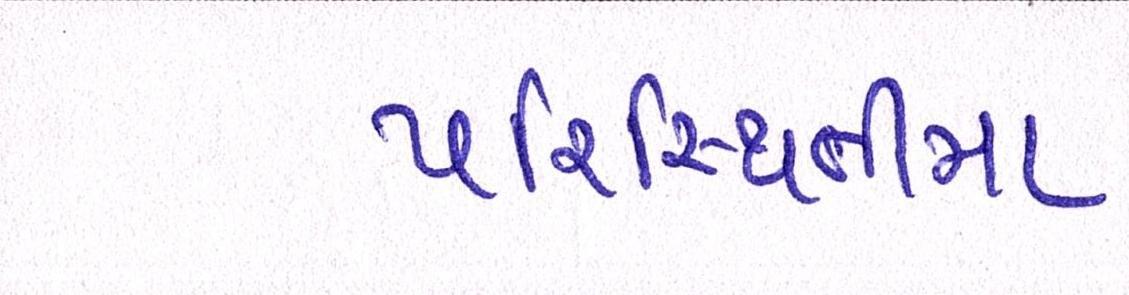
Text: પરિસ્થિતીમા